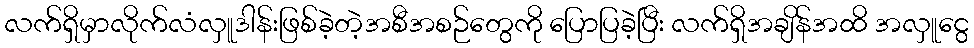
လက်ရှိမှာလိုက်လံလှူဒါန်းဖြစ်ခဲ့တဲ့အစီအစဉ်တွေကို ပြောပြခဲ့ပြီး လက်ရှိအချိန်အထိ အလှူငွေ